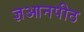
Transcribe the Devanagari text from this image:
ज्ञआनपीठ